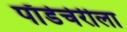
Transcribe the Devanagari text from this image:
पाँडेचेरीला